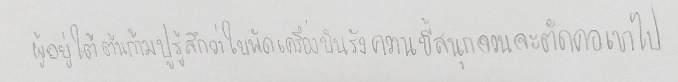
ผู้อยู่ใต้ต้นก้ามปูรู้สึกว่าใบพัดเครื่องบินรังควานขี้สนุกจวนจะตัดคอเขาไป